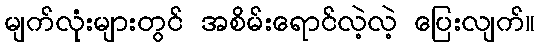
မျက်လုံးများတွင် အစိမ်းရောင်လဲ့လဲ့ ပြေးလျက်။